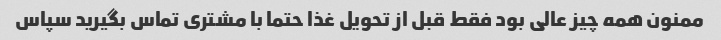
ممنون همه چیز عالی بود فقط قبل از تحویل غذا حتما با مشتری تماس بگیرید سپاس